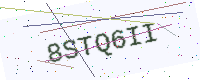
Text: 8STQ6II